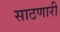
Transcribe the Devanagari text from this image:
साठणारी